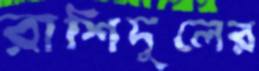
রাশিদুলের